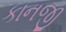
કાનજી